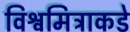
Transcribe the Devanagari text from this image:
विश्वमित्राकडे